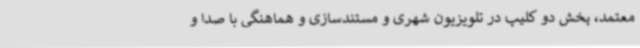
معتمد، پخش دو کلیپ در تلویزیون شهری و مستندسازی و هماهنگی با صدا و